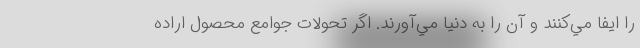
را ايفا مي‌كنند و آن را به دنيا مي‌آورند. اگر تحولات جوامع محصول اراده